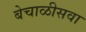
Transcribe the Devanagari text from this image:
बेचाळीसवा